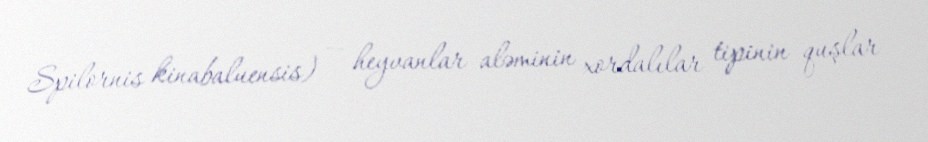
Spilornis kinabaluensis) — heyvanlar aləminin xordalılar tipinin quşlar